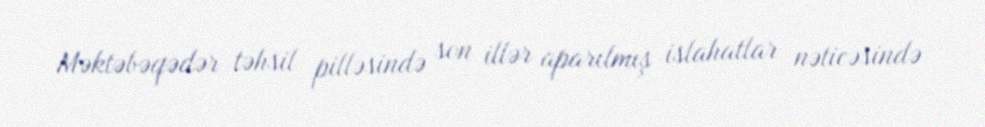
Məktəbəqədər təhsil pilləsində son illər aparılmış islahatlar nəticəsində